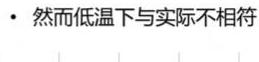
#NAME?